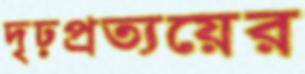
দৃঢ়প্রত্যয়ের